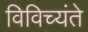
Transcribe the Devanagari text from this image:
विविच्यंते